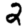
Digit: 2